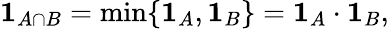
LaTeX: \mathbf{1}_{A\cap B}=\operatorname*{min}\{ \mathbf{1}_{A},\mathbf{1}_{B}\} =\mathbf{1}_{A}\cdot\mathbf{1}_{B},